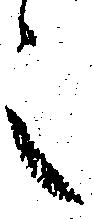
之